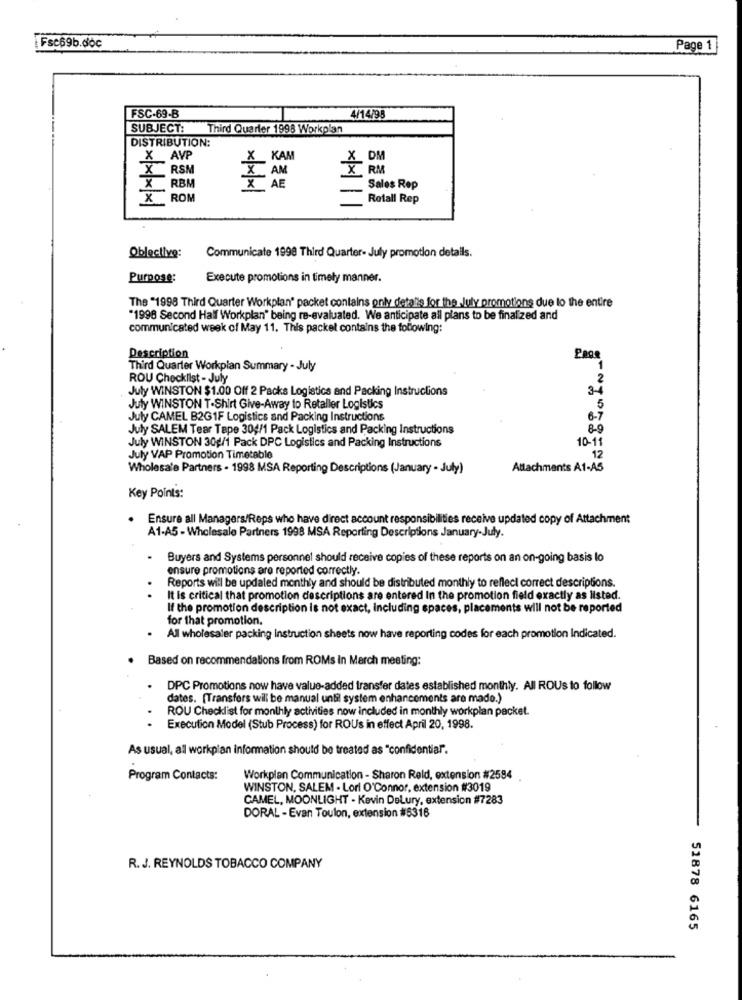
Fsc69b.doc
Page 1
FSC-69-B
4/14/98
SUBJECT:
Third Quarter 1998 Workplan
DISTRIBUTION:
X AVP
X KAM
5 DM
RSM
x
RM
RBM
Sales Rep
X ROM
Rotall Rep
Objective:
Communicate 1998 Third Quarter- July promotion details.
Purpose:
Execute promotions in timely manner.
The "1998 Third Quarter Workplan" packet contains only detalis for the July promotions due to the entire
"1998 Second Half Workplan" being re-evaluated. We anticipate all plans to be finalized and
communicated week of May 11. This packet contains the following:
Description
Page
Third Quarter Workplan Summary - July
ROU Checklist - July
2
July WINSTON $1.00 Off 2 Packs Logistics and Packing Instructions
3-4
July WINSTON T-Shirt Give-Away to Retaller Logistics
5
July CAMEL B2GIF Logistics and Packing Instructions
8-7
July SALEM Tear Tape 304/1 Pack Logistics and Packing Instructions
8-9
July WINSTON 30g/1 Pack DPC Logistics and Packing Instructions
10-11
12
July VAP Promotion Timetable
Wholesale Partners . 1998 MSA Reporting Descriptions (January - July)
Attachments A1-AS
Key Points:
Ensure all Managers/Reps who have direct account responsibilities receive updated copy of Attachment
A1-A5 - Wholesale Partners 1998 MSA Reporting Descriptions January-July.
Buyers and Systems personnel should receive copies of these reports on an on-going basis lo
ensure promotions are reported correctly.
Reports will be updated monthly and should be distributed monthly to reflect correct descriptions.
It is critical that promotion descriptions are entered In the promotion field exactly as listed.
If the promotion description is not exact, Including spaces, placements will not be reported
for that promotion.
All wholesaler packing Instruction sheets now have reporting codes for each promotion Indicated.
.
Based on recommendations from ROMs In March meeting:
DPC Promotions now have value-added transfer dates established monthly. All ROUs to follow
dates. [Transfers will be manual until system enhancements are made.)
ROU Checklist for monthly activities now included in monthly workplan packet.
Execution Model (Stub Process) for ROUs in effect April 20, 1998.
As usual, all workplan information should be treated as "confidential".
Program Contacts:
Workplan Communication - Sharon Reld, extension #2584
WINSTON, SALEM - Lori O'Connor, extension #3019
CAMEL, MOONLIGHT - Kevin DeLury, extension #7283
DORAL - Evan Toulon, extension #5316
R. J. REYNOLDS TOBACCO COMPANY
51878 6165